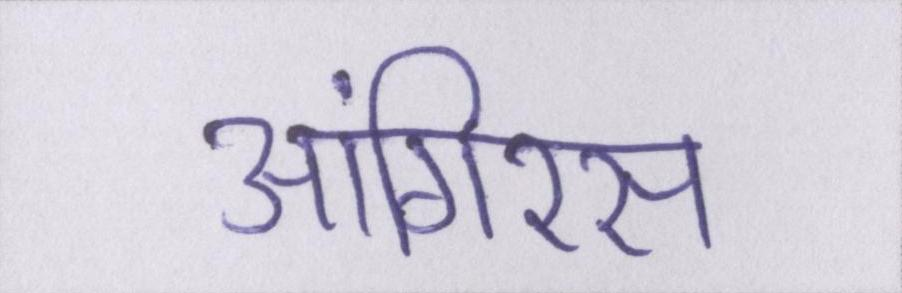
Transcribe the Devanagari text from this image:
आंगिरस